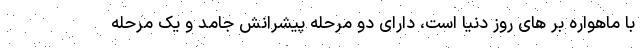
با ماهواره بر های روز دنیا است، دارای دو مرحله پیشرانش جامد و یک مرحله